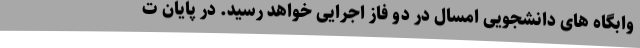
وابگاه های دانشجویی امسال در دو فاز اجرایی خواهد رسید. در پایان ت